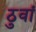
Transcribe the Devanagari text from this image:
ठुवां